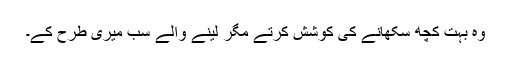
وہ بہت کچھ سکھانے کی کوشش کرتے مگر لینے والے سب میری طرح کے۔